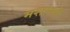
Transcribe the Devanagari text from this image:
मशालों